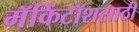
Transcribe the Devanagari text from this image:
मॅकिंटॉशसाठी